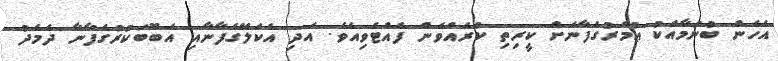
އެހެން ބުނުމާއެކު ޢުމަރުގެފާނަށް ކީރިތި ކުރެއްވެން ފެއްޓެވިއެވެ. އަދި އެކަލޭގެފާނާއި އަބޫބަކުރުގެފާނާ ދެމެދު